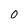
Character: 0